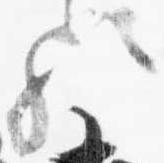
歟